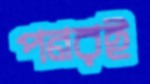
পনরই